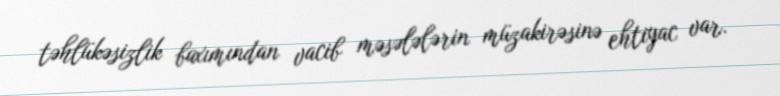
təhlükəsizlik baxımından vacib məsələlərin müzakirəsinə ehtiyac var.